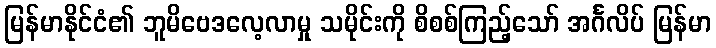
မြန်မာနိုင်ငံ၏ ဘူမိဗေဒလေ့လာမှု သမိုင်းကို စိစစ်ကြည့်သော် အင်္ဂလိပ် မြန်မာ